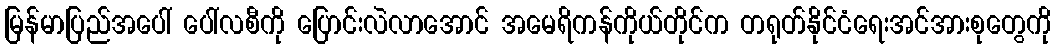
မြန်မာပြည်အပေါ် ပေါ်လစီကို ပြောင်းလဲလာအောင် အမေရိကန်ကိုယ်တိုင်က တရုတ်နိုင်ငံရေးအင်အားစုတွေကို